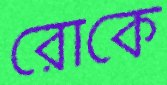
রোকে